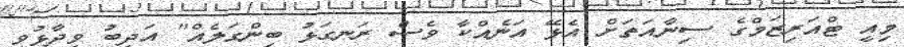
މިއީ ޓްއަރިޒަމްގެ ސިނާއަތަށް އެޅޭ އަނެއްކާ ވެސް ރަނގަޅު ބިންގަލެއް" އަދީބު ވިދާޅުވި